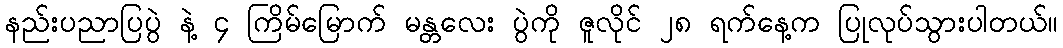
နည်းပညာပြပွဲ နဲ့ ၄ ကြိမ်မြောက် မန္တလေး ပွဲကို ဇူလိုင် ၂၈ ရက်နေ့က ပြုလုပ်သွားပါတယ်။